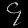
Digit: ၄